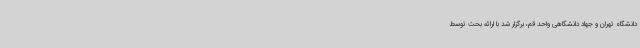
دانشگاه تهران و جهاد دانشگاهی واحد قم، برگزار شد با ارائه بحث توسط